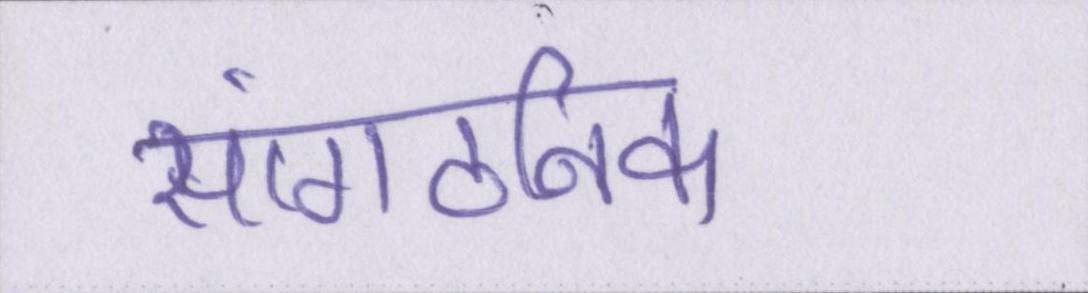
सांगठनिक